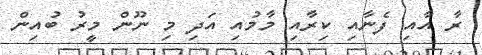
ރާ އާއި ފެނާއި ކިރާއި މާމުއި އަދި މި ނޫން މީރު ބުއިން